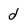
Character: d